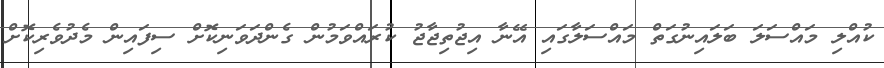
ކުއްލި މައްސަލަ ބަލައިނުގަތް މައްސަލާގައި އޭނާ އިޖުތިޖާޖު ކުރައްވަމުން ގެންދަވަނިކޮށް ސިފައިން މެދުވެރިކޮށް